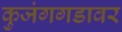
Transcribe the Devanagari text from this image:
कुजंगगडावर